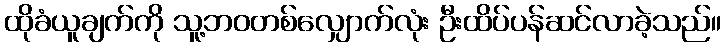
ထိုခံယူချက်ကို သူ့ဘဝတစ်လျှောက်လုံး ဦးထိပ်ပန်ဆင်လာခဲ့သည်။